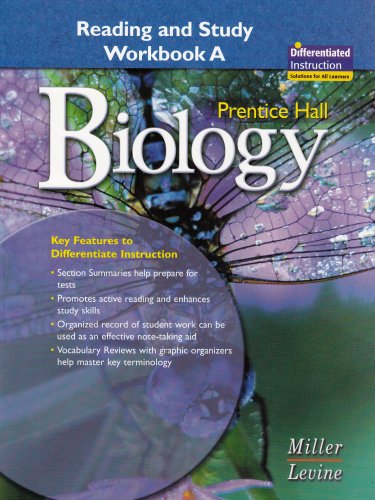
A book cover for PRENTICE HALL BIOLOGY GUIDED READING AND STUDY WORKBOOK 2006C; PRENTICE HALL; Teen & Young Adult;